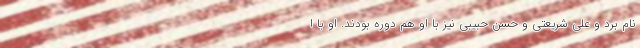
نام برد و علی شریعتی و حسن حبیبی نیز با او هم دوره بودند. او با ا